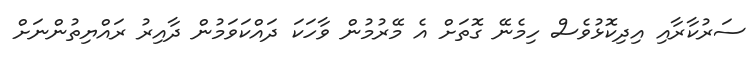
ސަރުކާރާއި އިދިކޮޅުވެސް ހިމެނޭ ގޮތަށް އެ މޭރުމުން ވާހަކަ ދައްކަވަމުން ދާއިރު ރައްޔިތުންނަށް